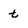
Character: t